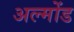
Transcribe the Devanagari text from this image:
अल्मोंड